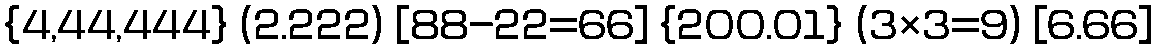
{4,44,444} (2.222) [88-22=66] {200.01} (3×3=9) [6.66]